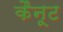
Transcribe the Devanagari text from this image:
कैनूट